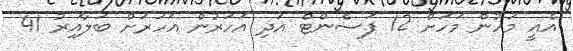
އެއީ މަހުން މަހަށް 12 ޕަސެންޓް އަދި އަހަރުން އަހަރަށް ބަލާއިރު 41